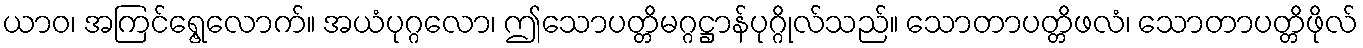
ယာဝ၊ အကြင်ရွေ့လောက်။ အယံပုဂ္ဂလော၊ ဤသောပတ္တိမဂ္ဂဋ္ဌာန်ပုဂ္ဂိုလ်သည်။ သောတာပတ္တိဖလံ၊ သောတာပတ္တိဖိုလ်